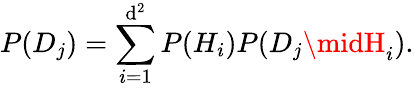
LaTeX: P(D_{j})=\sum_{i=1}^{\mathrm{d}^{2}}P(H_{i})P(D_{j}\midH_{i}).